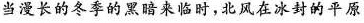
当漫长的冬季的黑暗来临时，北风在冰封的平原